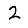
Digit: 2